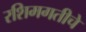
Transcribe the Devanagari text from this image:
रशिमगतीचे